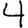
Digit: 4